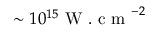
\sim 1 0 ^ { 1 5 } \mathrm { ~ W ~ . ~ c ~ m ~ } ^ { - 2 }